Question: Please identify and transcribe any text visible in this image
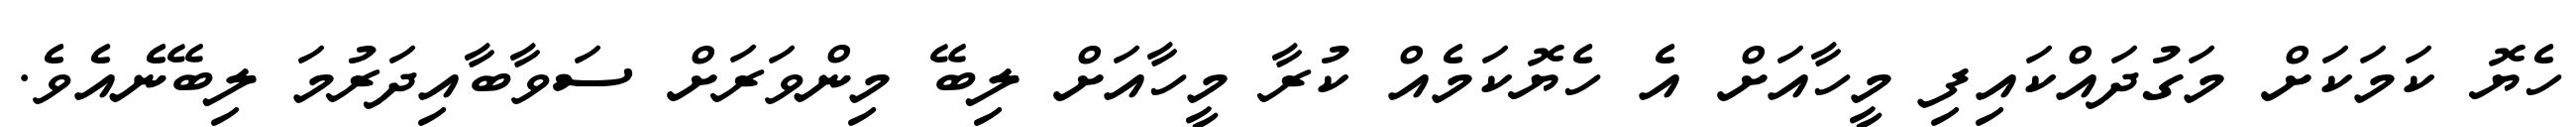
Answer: ހެޔޮ ކަމަކަށް މަގުދައްކައިފި މީހާއަށް އެ ހެޔޮކަމެއް ކުރާ މީހާއަށް ލިބޭ މިންވަރަށް ސަވާބާއިދަރުމަ ލިބޭނެއެވެ.